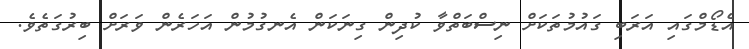
އެޑޯމްގައި އަރަބި ގައުމުތަކަށް ނިސްބަތްވާ ކުދިން ގިނަކަން އެނގުމުން އަހަރެން ވަރަށް ބިރުގަތެވެ.